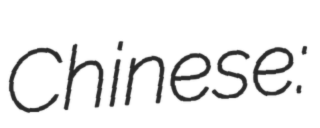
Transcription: Chinese: